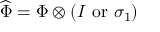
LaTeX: \widehat \Phi = \Phi \otimes ( I \mathrm { ~ o r ~ } \sigma _ { 1 } )